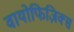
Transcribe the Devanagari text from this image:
वायोफिज़िक्स